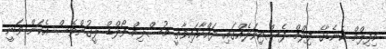
މިފިލްމް ކެނެޑާގެ ފިލްމް ފެސްޓިވަލެއްގައި ދައްކާފައިވާތީ މުސްލިމް ވޯލްޑް ލީގުންވެސް އެކަން ވަނީ